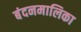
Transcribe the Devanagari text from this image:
बंदनमालिका